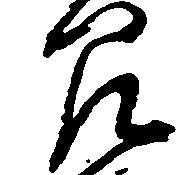
召